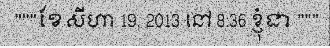
"""ខែសីហា 19, 2013 នៅ 8:36 ខ្ញុំជា """